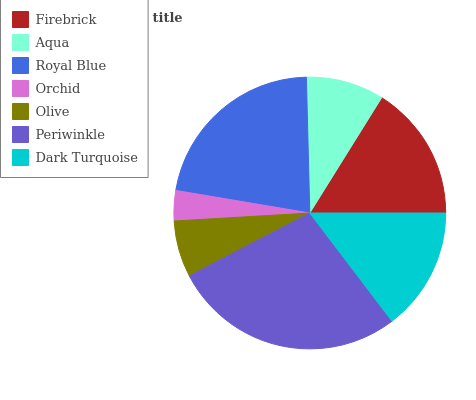
| Firebrick | Aqua | Royal Blue | Orchid | Olive | Periwinkle | Dark Turquoise |
 | --- | --- | --- | --- | --- | --- | --- |
 | 16.1% | 9.27% | 22% | 3.6% | 6.72% | 27.7% | 14.7% |